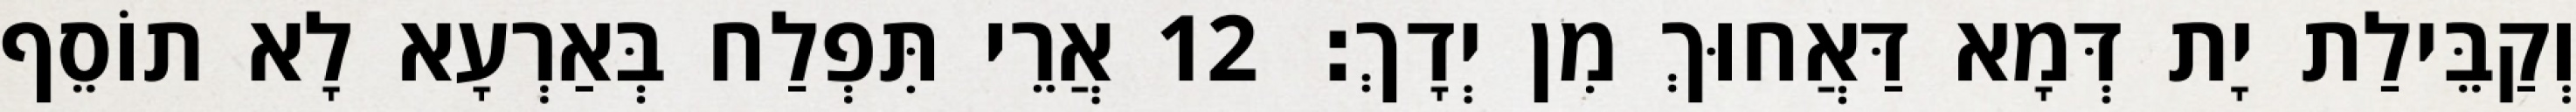
וְקַבֵּילַת יָת דְּמָא דַּאֲחוּךְ מִן יְדָךְ׃ 12 אֲרֵי תִּפְלַח בְּאַרְעָא לָא תוֹסֵף